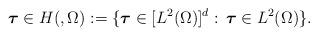
LaTeX: \begin{align*} \boldsymbol{\tau} \in H(,\Omega) := \{\boldsymbol{\tau} \in [L^2(\Omega)]^d : \, \boldsymbol{\tau} \in L^2(\Omega) \}.\end{align*}